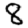
Digit: 8